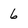
Character: 6